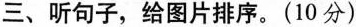
三、听句子，给图片排序。(10分)